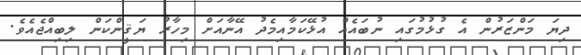
ދިޔަ މަންޒަރުން އެ ގުޅުމުގައި ނުބައެއް އުޅޭކަމާއިމެދު އޭނާއަށް މިހާރު ޔަޤީންކަން ލިބިއްޖެއެވެ.